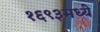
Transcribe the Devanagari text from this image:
१६९३मध्ये